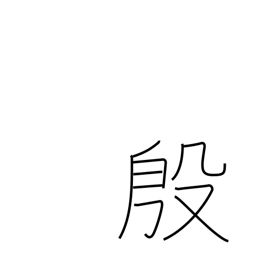
Meaning: flourishing